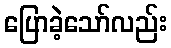
ပြောခဲ့သော်လည်း